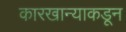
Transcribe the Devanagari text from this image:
कारखान्याकडून